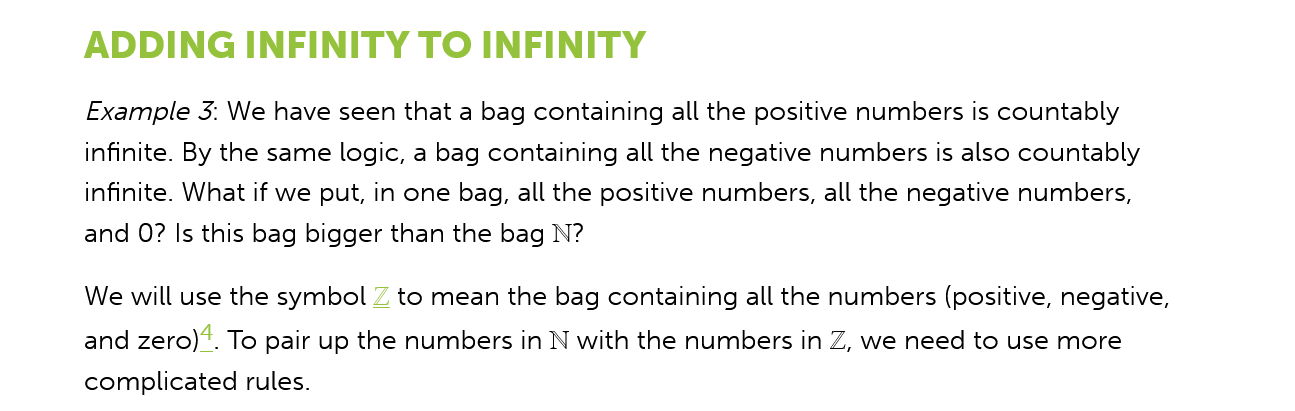
ADDING    INFINITY    TO   INFINITY
     Example 3: We have seen that a bag containing all the positive numbers is countably
     infinite. By the same logic, a bag containing all the negative numbers is also countably
     infinite. What if we put, in one bag, all the positive numbers, all the negative numbers,
     and 0? Is this bag bigger than the bag N?
     We will use the symbol Z to mean the bag containing all the numbers (positive, negative,
     and zero)‘. To pair up the numbers in N with the numbers in Z, we need to use more
     complicated rules.